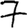
Digit: 7